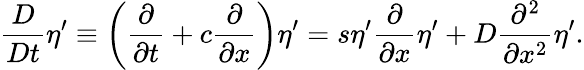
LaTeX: \frac{D}{Dt}\eta^{\prime}\equiv\left(\frac{\partial}{\partial t}+c\frac{\partial}{\partial x}\right)\eta^{\prime}=s\eta^{\prime}\frac{\partial}{\partial x}\eta^{\prime}+D\frac{\partial^{2}}{\partial x^{2}}\eta^{\prime}.